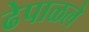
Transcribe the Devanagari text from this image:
ढेपाळले